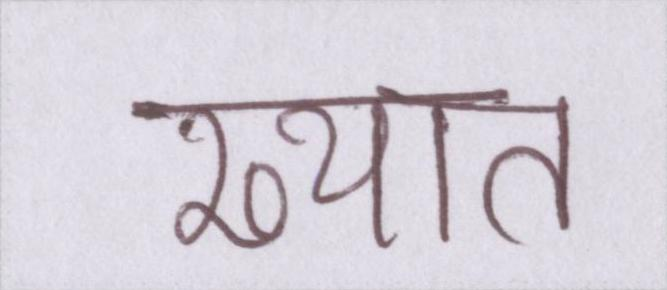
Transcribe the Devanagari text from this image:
ख्यात